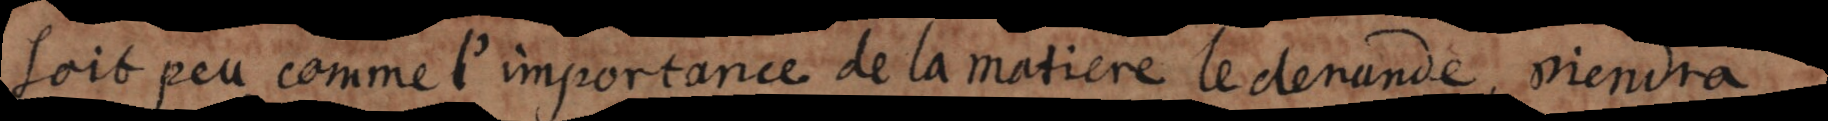
soit peu, comme l’importance de la matiere le demande, viendra